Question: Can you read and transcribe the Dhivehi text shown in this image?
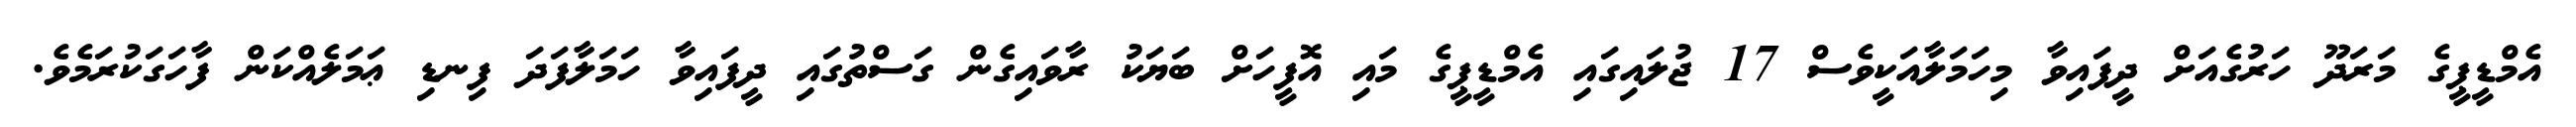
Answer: އެމްޑީޕީގެ މަރަދޫ ހަރުގެއަށް ދީފައިވާ މިހަމަލާއަކީވެސް 17 ޖުލައިގައި އެމްޑީޕީގެ މައި އޮފީހަށް ބަޔަކު ރާވައިގެން ގަސްތުގައި ދީފައިވާ ހަމަލާފަދަ ފިނޑި ޢަމަލެއްކަން ފާހަގަކުރަމެވެ.